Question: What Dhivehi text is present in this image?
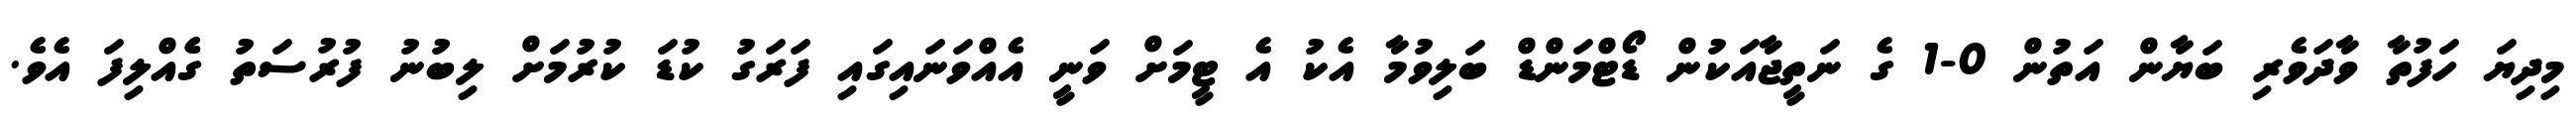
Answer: މިދިޔަ ހަފުތާ ވާދަވެރި ބަޔާން އަތުން 0-1 ގެ ނަތީޖާއަކުން ޑޯޓްމަންޑް ބަލިވުމާ އެކު އެ ޓީމަށް ވަނީ އެއްވަނައިގައި ފަރަގު ކުޑަ ކުރުމަށް ލިބުނު ފުރުސަތު ގެެއްލިފަ އެވެ.